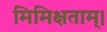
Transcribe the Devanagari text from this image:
मिमिक्षताम्।